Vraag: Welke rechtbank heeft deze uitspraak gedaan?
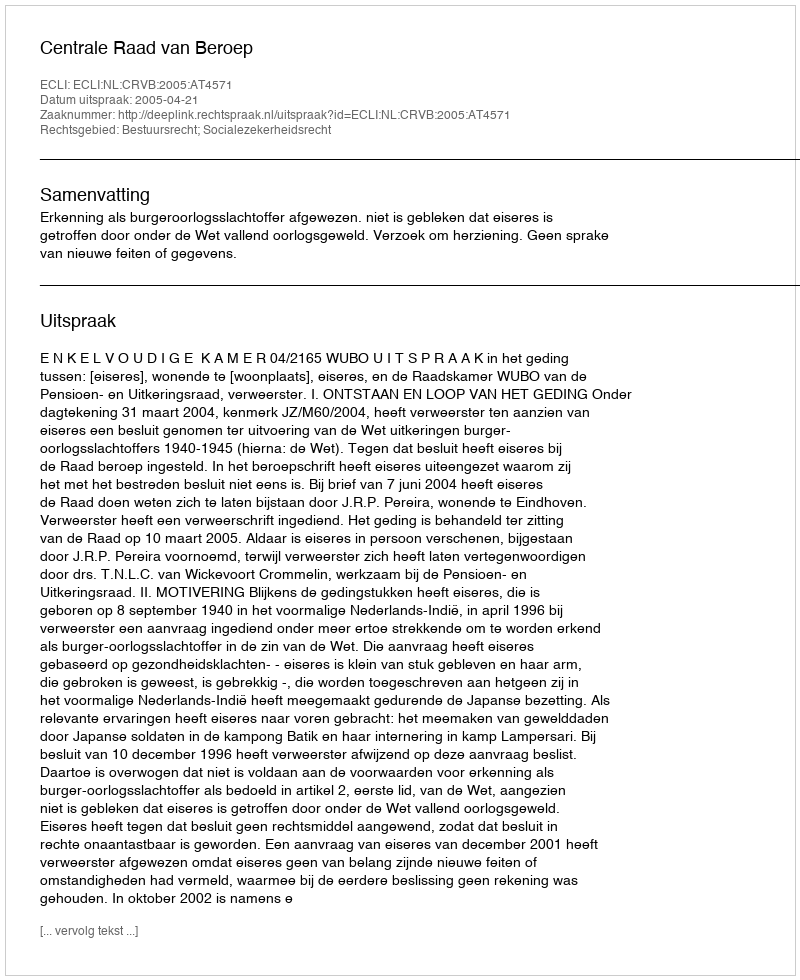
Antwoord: Centrale Raad van Beroep